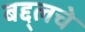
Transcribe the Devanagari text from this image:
बद्द्लचे